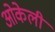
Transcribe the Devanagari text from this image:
ओकेली